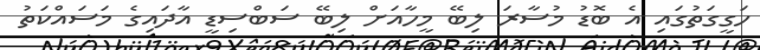
ހަގީގަތުގައި އެ ބޮޑު މުސާރަ ލިބޭ މީހާއަށް ލިބޭ ސަބްސިޑީ އާދައިގެ މަސައްކަތު